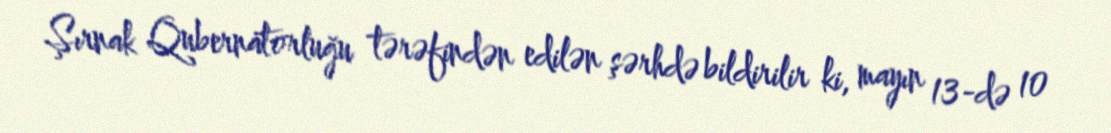
Şırnak Qubernatorluğu tərəfindən edilən şərhdə bildirilir ki, mayın 13-də 10